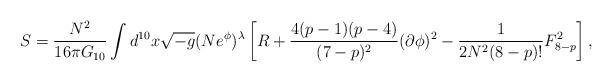
LaTeX: \begin{align*}S=\frac{N^2}{16\pi G_{10}}\int d^{10}x\sqrt{-g}(Ne^{\phi})^{\lambda} \left [R +\frac{4(p-1)(p-4)}{(7-p)^2}(\partial \phi)^2 - \frac{1}{2N^2(8-p)!}F^2_{8-p}\right],\end{align*}